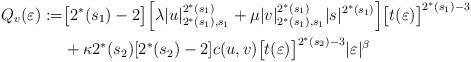
LaTeX: \begin{align*}Q_v(\varepsilon):=&\big[2^*(s_1)-2\big]\Big[\lambda|u|_{2^*(s_1),s_1}^{2^*(s_1)}+\mu|v|_{2^*(s_1),s_1}^{2^*(s_1)}|s|^{2^*(s_1)}\Big]\big[t(\varepsilon)\big]^{2^*(s_1)-3}\\&+\kappa 2^*(s_2)[2^*(s_2)-2]c(u,v)\big[t(\varepsilon)\big]^{2^*(s_2)-3}|\varepsilon|^\beta\end{align*}